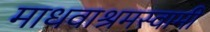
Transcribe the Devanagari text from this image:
माधवाश्रमस्वामी